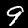
Digit: 9